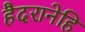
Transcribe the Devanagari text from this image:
हैदरानेहि